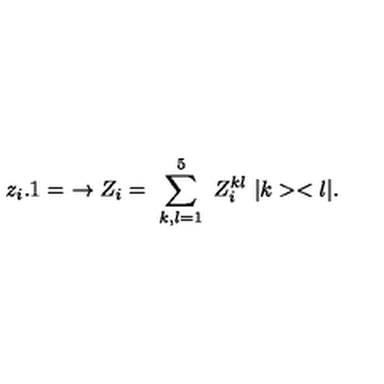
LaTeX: z _ { i } . 1 = \ \rightarrow Z _ { i } = \ \sum _ { k , l = 1 } ^ { 5 } \ Z _ { i } ^ { k l } \ | k > < l | .